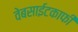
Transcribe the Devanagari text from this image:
वेबसाईटकाफी